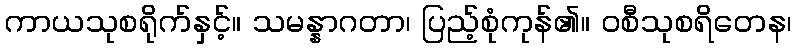
ကာယသုစရိုက်နှင့်။ သမန္နာဂတာ၊ ပြည့်စုံကုန်၏။ ဝစီသုစရိတေန၊